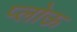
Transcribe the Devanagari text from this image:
प्लोऊ